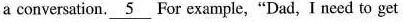
a conversation. \underline{5} For example,"Dad, I need to get